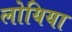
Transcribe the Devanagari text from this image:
लोयिया